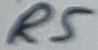
Text: R5